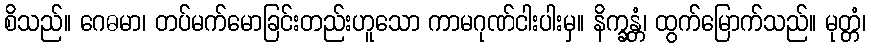
စိသည်။ ဂေဓမာ၊ တပ်မက်မောခြင်းတည်းဟူသော ကာမဂုဏ်ငါးပါးမှ။ နိက္ခန္တံ၊ ထွက်မြောက်သည်။ မုတ္တံ၊